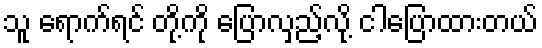
သူ ရောက်ရင် တို့ကို ပြောလှည့်လို့ ငါပြောထားတယ်